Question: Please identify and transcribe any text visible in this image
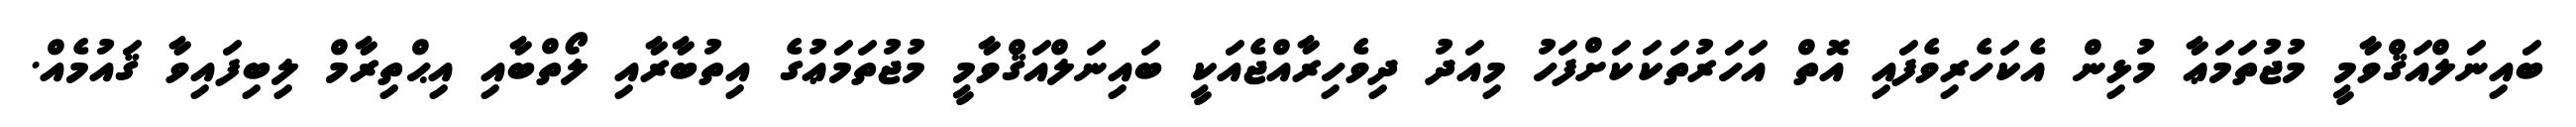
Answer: ބައިނަލްއަޤްވާމީ މުޖުތަމަޢާ މުޅިން އެކަހެރިވެފައި އޮތް އަހަރުތަކަކަށްފަހު މިއަދު ދިވެހިރާއްޖެއަކީ ބައިނަލްއަޤްވާމީ މުޖުތަމަޢުގެ އިތުބާރާއި ލޯތްބާއި އިޙްތިރާމް ލިބިފައިވާ ޤައުމެއް.